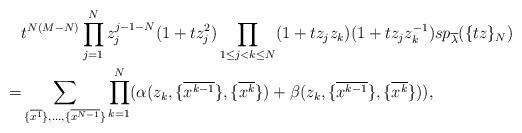
LaTeX: \begin{align*}&t^{N(M-N)}\prod_{j=1}^N z_j^{j-1-N}(1+tz_j^2)\prod_{1 \le j<k \le N}(1+tz_j z_k)(1+tz_j z_k^{-1})sp_{\overline{\lambda}} ( \{ tz \}_N ) \\=&\sum_{\{ \overline{x^1} \},\dots,\{ \overline{x^{N-1}} \}}\prod_{k=1}^N(\alpha(z_k,\{ \overline{x^{k-1}} \},\{ \overline{x^{k}} \})+\beta(z_k,\{ \overline{x^{k-1}} \},\{ \overline{x^{k}} \})),\end{align*}